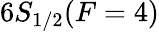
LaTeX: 6S_{1/2}(F=4)